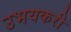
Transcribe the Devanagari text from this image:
उभयकरी